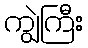
ကျွဲကြီး